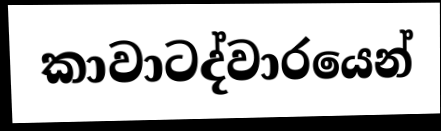
කාවාටද්වාරයෙන්